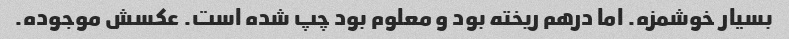
بسیار خوشمزه. اما درهم ریخته بود و معلوم بود چپ شده است. عکسش موجوده.